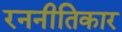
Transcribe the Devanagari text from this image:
रननीतिकार